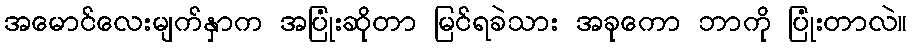
အမောင်လေးမျက်နှာက အပြုံးဆိုတာ မြင်ရခဲသား အခုကော ဘာကို ပြုံးတာလဲ။